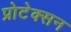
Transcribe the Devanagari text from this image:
प्रोटेक्सन